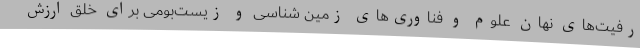
رفیت‌های نهان علوم و فناوری‌های زمین شناسی و زیست‌بومی برای خلق ارزش